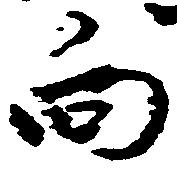
向